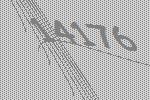
14176